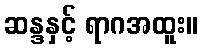
ဆန္ဒနှင့် ရာဂအထူး။